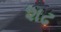
શઢ